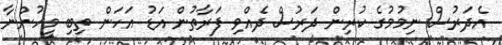
އެދަރުސް ނިމުމުގެ ކުރިން ދަރުސް ދެއްވި ފަރާތުން އަޑު އަހަން ތިބި މީހުންނާ